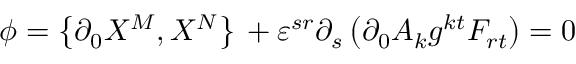
\phi = \left\{ \partial _ { 0 } X ^ { M } , X ^ { N } \right\} \, + \varepsilon ^ { s r } \partial _ { s } \left( \partial _ { 0 } A _ { k } g ^ { k t } F _ { r t } \right) = 0